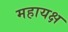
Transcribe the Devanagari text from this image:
महायक्ष